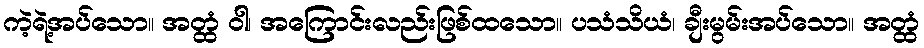
ကဲ့ရဲ့အပ်သော။ အတ္ထံ ဝါ၊ အကြောင်းလည်းဖြစ်ထသော။ ပသံသိယံ၊ ချီးမွမ်းအပ်သော။ အတ္ထံ